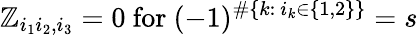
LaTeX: \mathbb{Z}_{i_{1}i_{2},i_{3}}=0\mathrm{{~for~}}(-1)^{\# \{ k:\ i_{k}\in\{ 1,2\} \} }=s